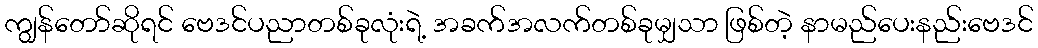
ကျွန်တော်ဆိုရင် ဗေဒင်ပညာတစ်ခုလုံးရဲ့ အခက်အလက်တစ်ခုမျှသာ ဖြစ်တဲ့ နာမည်ပေးနည်းဗေဒင်